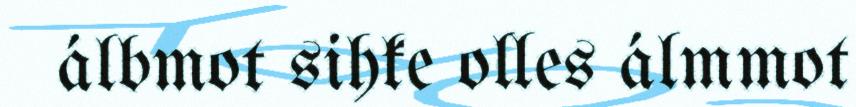
álbmot sihke olles álmmot